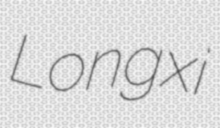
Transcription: Longxi